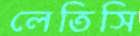
লেতিসি